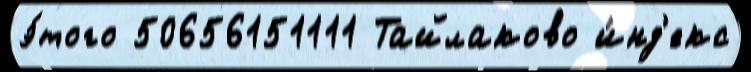
э́того 50656151111 Тайлаково и́нд'екс